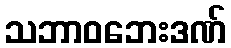
သဘာဝဘေးဒဏ်